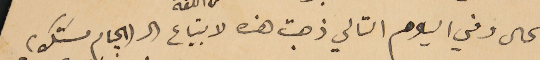
الحال وفي اليوم التالي ذهبت هذه لابتياع ال (الجام مسَتك)